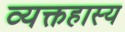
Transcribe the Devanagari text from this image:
व्यक्तहास्य